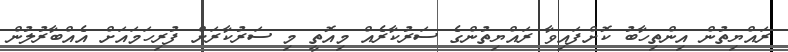
ރައްޔިތުން އިންތިހާބު ކޮށްފައިވާ ރައްޔިތުންގެ ސަރުކާރެއް މިއޮތީ މި ސަރުކާރަށް ފުރިހަމައަށް އެއްބާރުލުން